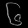
Digit: ၆